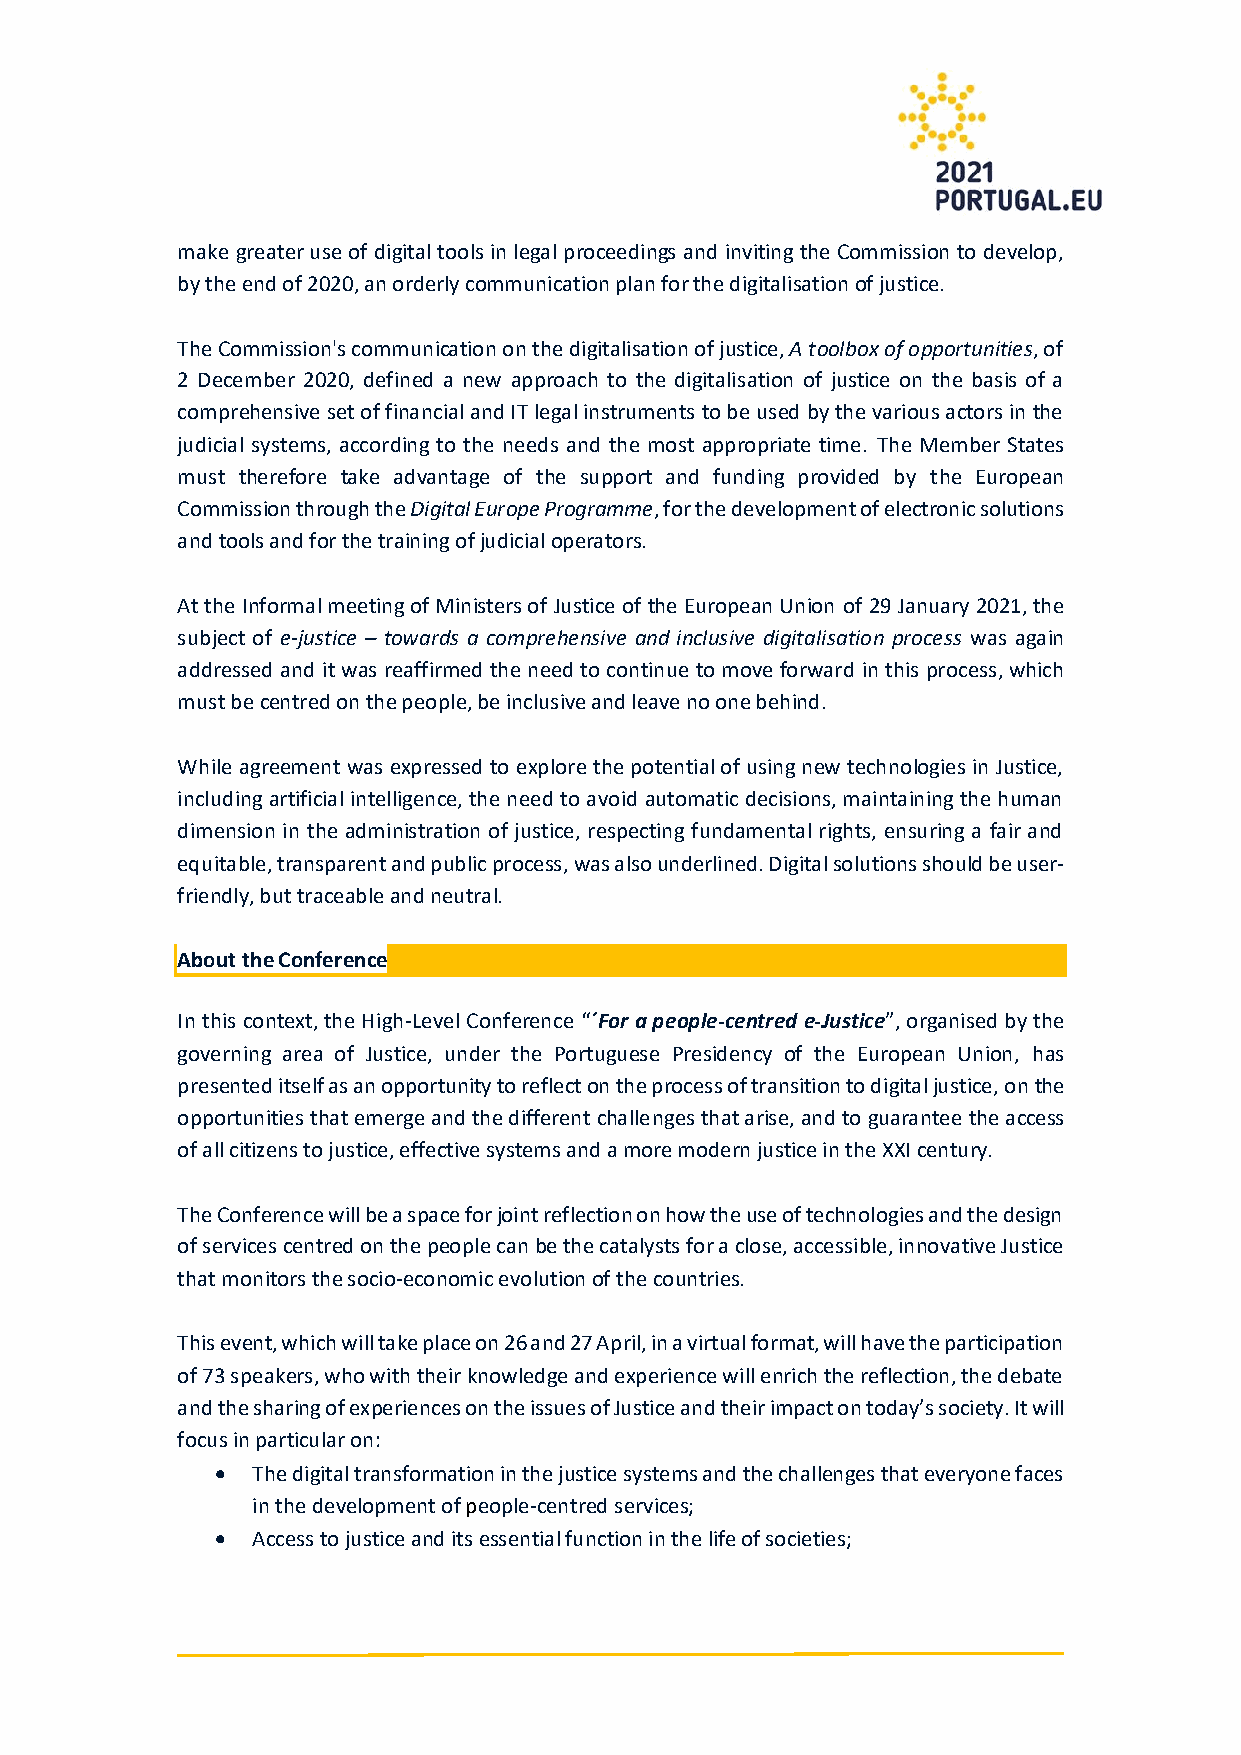
make greater use of digital tools in legal proceedings and inviting the Commission to develop,
 by the end of 2020, an orderly communication plan for the digitalisation of justice.
 The Commission's communication on the digitalisation of justice, A toolbox of opportunities, of
 2 December 2020, defined a new approach to the digitalisation of justice on the basis of a
 comprehensive set of financial and IT legal instruments to be used by the various actors in the
 judicial systems, according to the needs and the most appropriate time. The Member States
 must therefore take advantage of the support and funding provided by the European
 Commission through the Digital Europe Programme, for the development of electronic solutions
 and tools and for the training of judicial operators.
 At the Informal meeting of Ministers of Justice of the European Union of 29 January 2021, the
 subject of e-justice – towards a comprehensive and inclusive digitalisation process was again
 addressed and it was reaffirmed the need to continue to move forward in this process, which
 must be centred on the people, be inclusive and leave no one behind.
 While agreement was expressed to explore the potential of using new technologies in Justice,
 including artificial intelligence, the need to avoid automatic decisions, maintaining the human
 dimension in the administration of justice, respecting fundamental rights, ensuring a fair and
 equitable, transparent and public process, was also underlined. Digital solutions should be user-
 friendly, but traceable and neutral.
 About the Conference
 In this context, the High-Level Conference “´For a people-centred e-Justice”, organised by the
 governing area of Justice, under the Portuguese Presidency of the European Union, has
 presented itself as an opportunity to reflect on the process of transition to digital justice, on the
 opportunities that emerge and the different challenges that arise, and to guarantee the access
 of all citizens to justice, effective systems and a more modern justice in the XXI century.
 The Conference will be a space for joint reflection on how the use of technologies and the design
 of services centred on the people can be the catalysts for a close, accessible, innovative Justice
 that monitors the socio-economic evolution of the countries.
 This event, which will take place on 26 and 27 April, in a virtual format, will have the participation
 of 73 speakers, who with their knowledge and experience will enrich the reflection, the debate
 and the sharing of experiences on the issues of Justice and their impact on today’s society. It will
 focus in particular on:
 •  The digital transformation in the justice systems and the challenges that everyone faces
 in the development of people-centred services;
 •  Access to justice and its essential function in the life of societies;